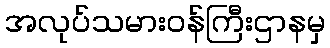
အလုပ်သမားဝန်ကြီးဌာနမှ